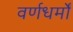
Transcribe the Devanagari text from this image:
वर्णधर्मों